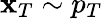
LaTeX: \mathbf{x}_{T}\sim p_{T}